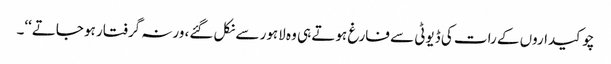
چوکیداروں کے رات کی ڈیوٹی سے فارغ ہوتے ہی وہ لاہور سے نکل گئے، ورنہ گرفتار ہو جاتے‘‘۔